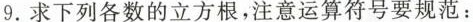
9.求下列各数的立方根，注意运算符号要规范：